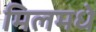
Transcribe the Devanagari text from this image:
मिलमधे